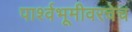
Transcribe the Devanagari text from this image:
पार्श्वभूमीवरचेच